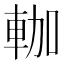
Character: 𰹐